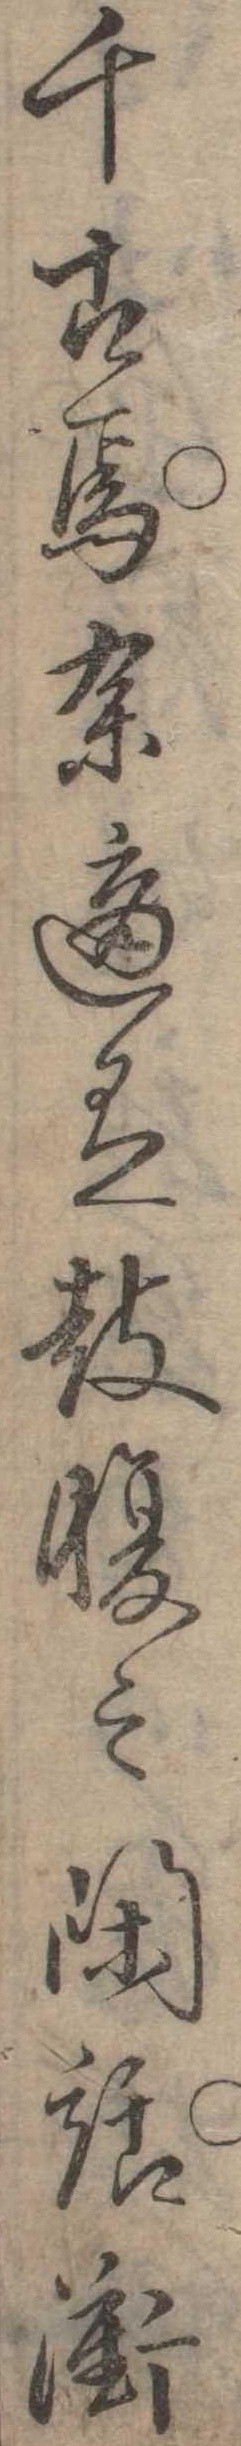
千古焉余適有鼓腹之閑話衝